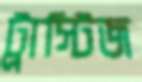
ট্রাস্টিজ